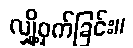
လျှို့ဝှက်ခြင်း။